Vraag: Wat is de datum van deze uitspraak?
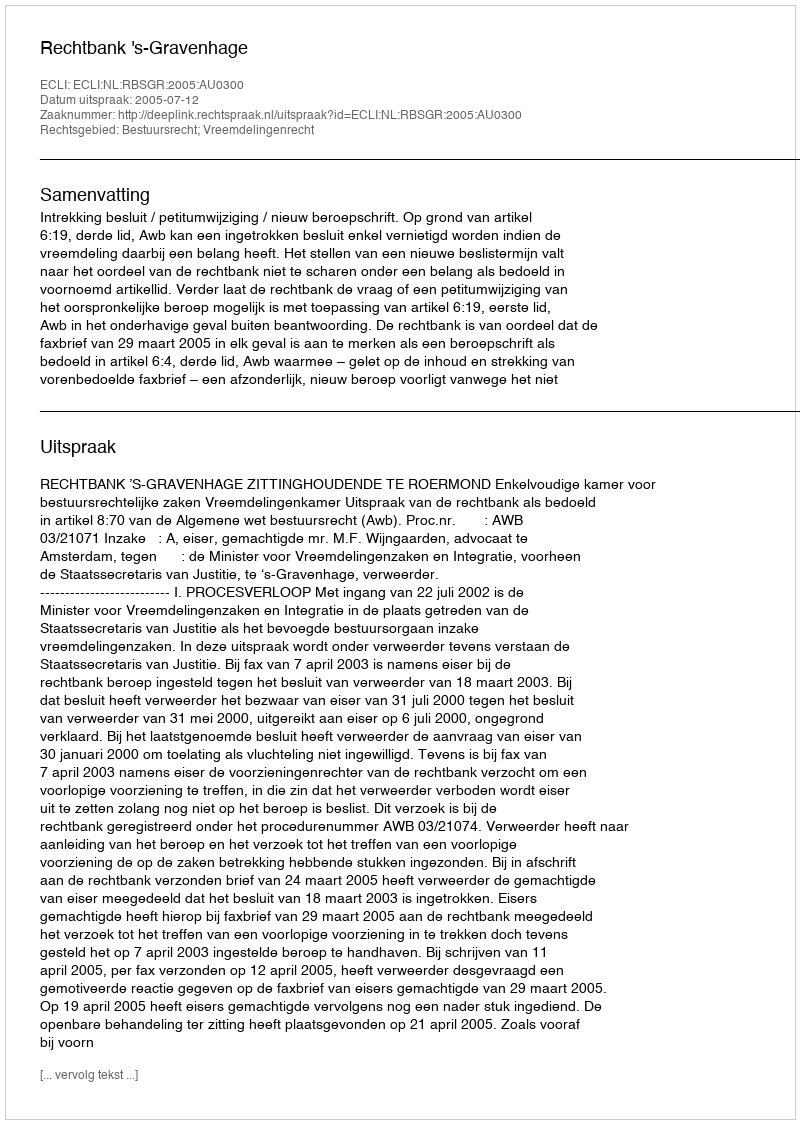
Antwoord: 2005-07-12